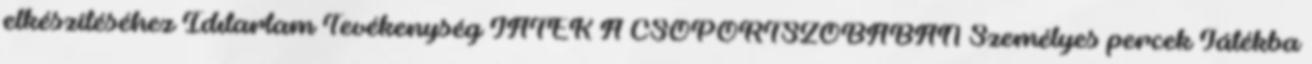
elkészítéséhez Idıtartam Tevékenység JÁTÉK A CSOPORTSZOBÁBAN Személyes percek Játékba